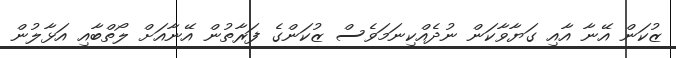
ޒުކަން އޭނާ އާއި ގަޔާވާކަން ނުދެއްކިނަމަވެސް ޒުކަންގެ ފަރާތުން އޭނާއަށް ލޯތްބާއި އަޅާލުން